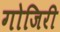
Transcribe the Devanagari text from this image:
गोजिरी